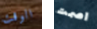
الوقت اصمت